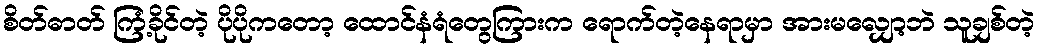
စိတ်ဓာတ် ကြံ့ခိုင်တဲ့ ပိုပိုကတော့ ထောင်နံရံတွေကြားက ရောက်တဲ့နေရာမှာ အားမလျှော့ဘဲ သူချစ်တဲ့